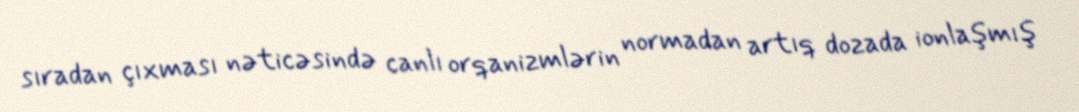
sıradan çıxması nəticəsində canlı orqanizmlərin normadan artıq dozada ionlaşmış